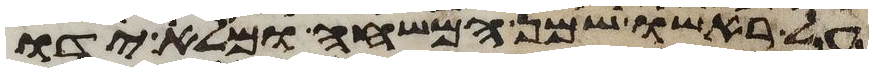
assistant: על ראשו שמן המשחה ומלא ידו